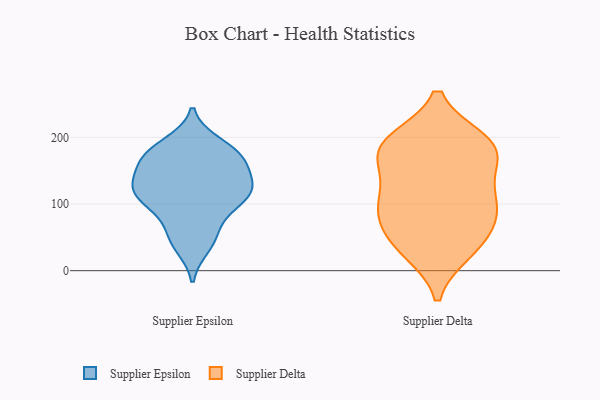
{"axis": {"x": "Market Share (%)", "y": "Value"}, "legend": ["Supplier Delta", "Supplier Epsilon"], "data": [{"x": "", "y": 37, "type": "Supplier Epsilon"}, {"x": "", "y": 159, "type": "Supplier Epsilon"}, {"x": "", "y": 53, "type": "Supplier Epsilon"}, {"x": "", "y": 112, "type": "Supplier Epsilon"}, {"x": "", "y": 106, "type": "Supplier Epsilon"}, {"x": "", "y": 137, "type": "Supplier Epsilon"}, {"x": "", "y": 121, "type": "Supplier Epsilon"}, {"x": "", "y": 190, "type": "Supplier Epsilon"}, {"x": "", "y": 164, "type": "Supplier Epsilon"}, {"x": "", "y": 123, "type": "Supplier Epsilon"}, {"x": "", "y": 136, "type": "Supplier Epsilon"}, {"x": "", "y": 114, "type": "Supplier Epsilon"}, {"x": "", "y": 168, "type": "Supplier Epsilon"}, {"x": "", "y": 172, "type": "Supplier Epsilon"}, {"x": "", "y": 184, "type": "Supplier Epsilon"}, {"x": "", "y": 77, "type": "Supplier Epsilon"}, {"x": "", "y": 101, "type": "Supplier Epsilon"}, {"x": "", "y": 177, "type": "Supplier Epsilon"}, {"x": "", "y": 120, "type": "Supplier Epsilon"}, {"x": "", "y": 46, "type": "Supplier Epsilon"}, {"x": "", "y": 185, "type": "Supplier Delta"}, {"x": "", "y": 121, "type": "Supplier Delta"}, {"x": "", "y": 87, "type": "Supplier Delta"}, {"x": "", "y": 66, "type": "Supplier Delta"}, {"x": "", "y": 95, "type": "Supplier Delta"}, {"x": "", "y": 195, "type": "Supplier Delta"}, {"x": "", "y": 84, "type": "Supplier Delta"}, {"x": "", "y": 41, "type": "Supplier Delta"}, {"x": "", "y": 193, "type": "Supplier Delta"}, {"x": "", "y": 193, "type": "Supplier Delta"}, {"x": "", "y": 32, "type": "Supplier Delta"}, {"x": "", "y": 29, "type": "Supplier Delta"}, {"x": "", "y": 175, "type": "Supplier Delta"}, {"x": "", "y": 107, "type": "Supplier Delta"}, {"x": "", "y": 170, "type": "Supplier Delta"}, {"x": "", "y": 142, "type": "Supplier Delta"}]}